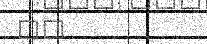
٥٣